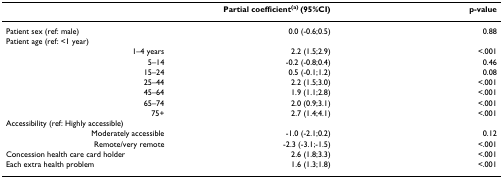
|  | Partial coefficient(a) (95%CI) | p-value |
 | --- | --- | --- |
 | Patient sex (ref: male) | 0.0 (-0.6;0.5) | 0.88 |
 | Patient age (ref: <1 year) |  |  |
 | 1–4 years | 2.2 (1.5;2.9) | <.001 |
 | 5–14 | -0.2 (-0.8;0.4) | 0.46 |
 | 15–24 | 0.5 (-0.1;1.2) | 0.08 |
 | 25–44 | 2.2 (1.5;3.0) | <.001 |
 | 45–64 | 1.9 (1.1;2.8) | <.001 |
 | 65–74 | 2.0 (0.9;3.1) | <.001 |
 | 75+ | 2.7 (1.4;4.1) | <.001 |
 | Accessibility (ref: Highly accessible) |  |  |
 | Moderately accessible | -1.0 (-2.1;0.2) | 0.12 |
 | Remote/very remote | -2.3 (-3.1;-1.5) | <.001 |
 | Concession health care card holder | 2.6 (1.8;3.3) | <.001 |
 | Each extra health problem | 1.6 (1.3;1.8) | <.001 |